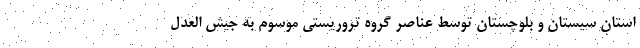
استان سیستان و بلوچستان توسط عناصر گروه تروریستی موسوم به جیش العدل